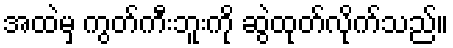
အထဲမှ ကွတ်ကီးဘူးကို ဆွဲထုတ်လိုက်သည်။